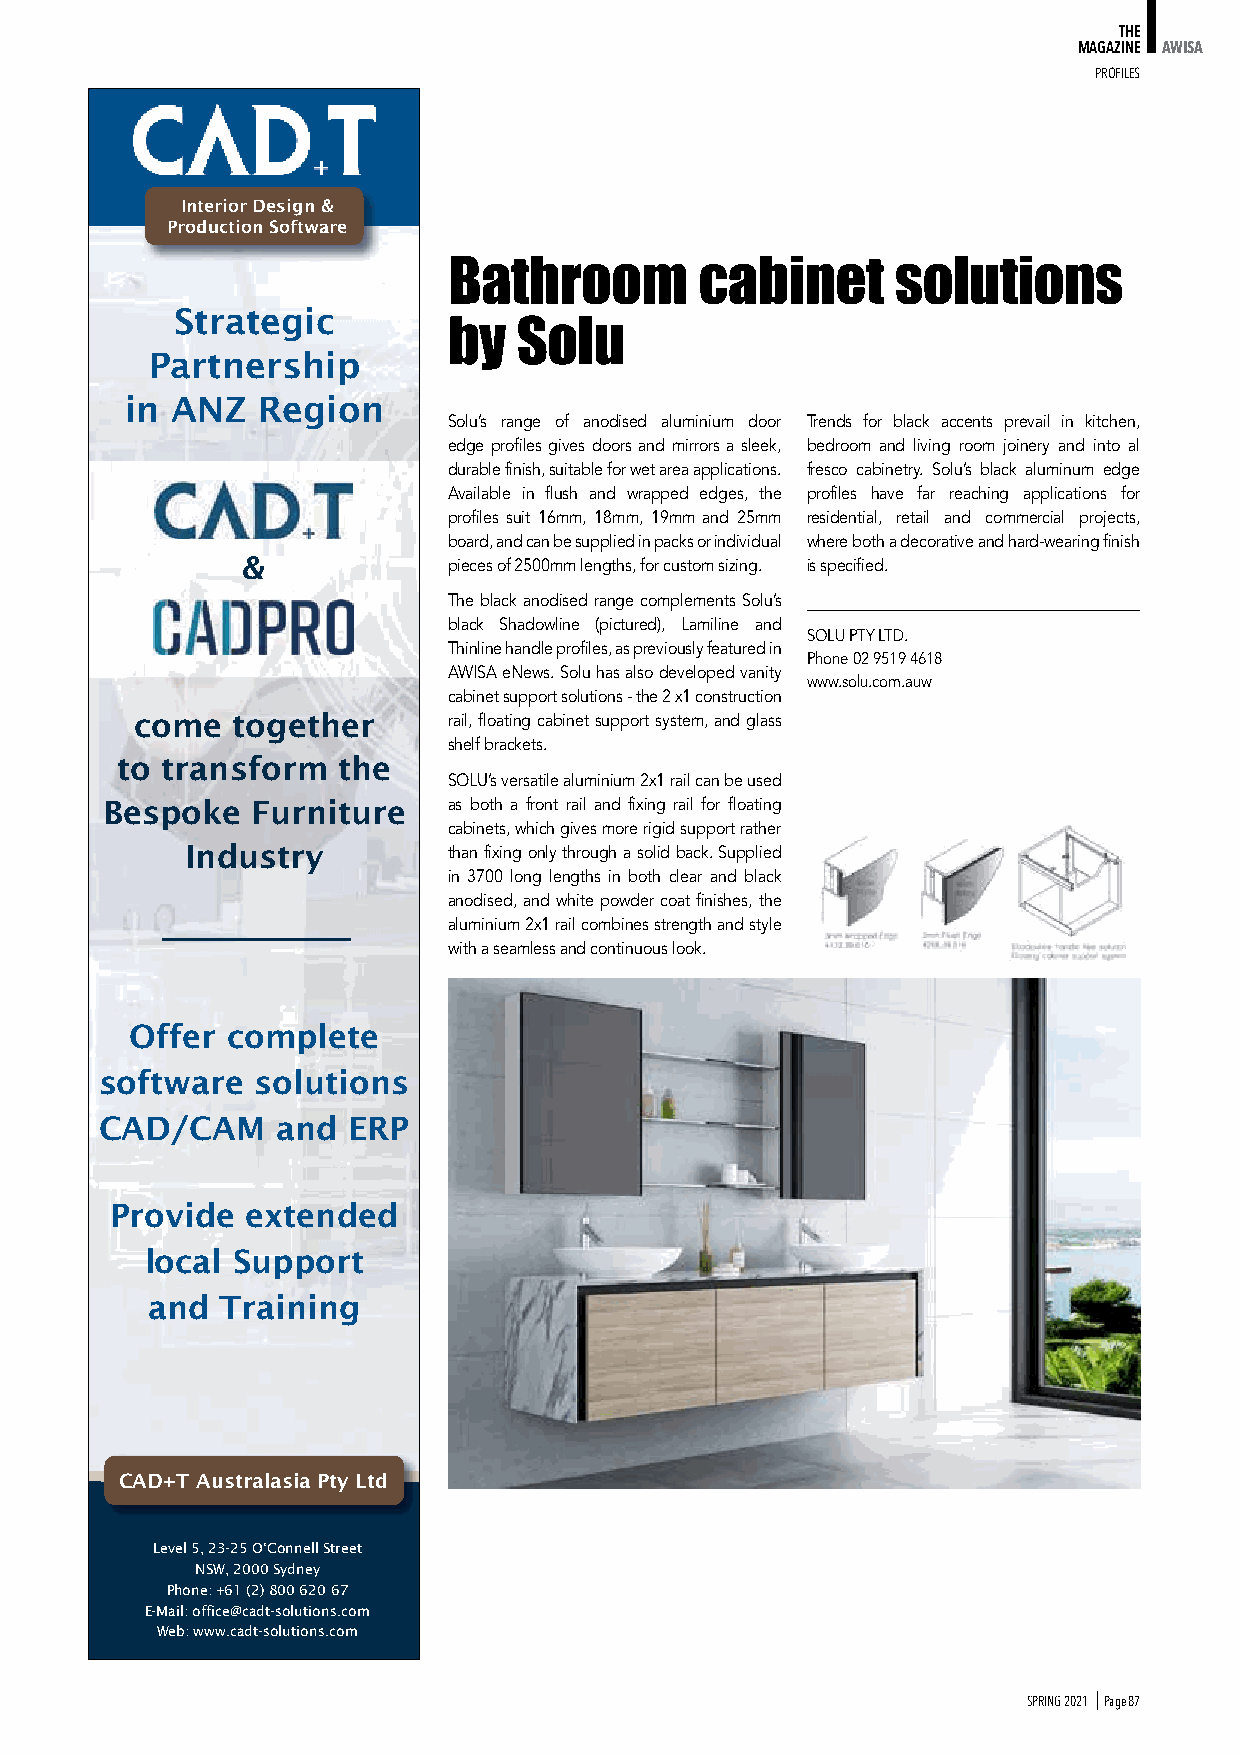
THE
 MAGAZINE AWISA
 PRoFIleS
 Interior Design &
 Production Software
 Bathroom        cabinet      solutions
 Strategic
 by  Solu
 Partnership
 in ANZ   Region
 Solu’s range of anodised aluminium door Trends for black accents prevail in kitchen,
 edge profiles gives doors and mirrors a sleek, bedroom and living room joinery and into al
 durable finish, suitable for wet area applications. fresco cabinetry. Solu’s black aluminum edge
 Available in flush and wrapped edges, the profiles have far reaching applications for
 profiles suit 16mm, 18mm, 19mm and 25mm residential, retail and commercial projects,
 board, and can be supplied in packs or individual where both a decorative and hard-wearing finish
 &             pieces of 2500mm lengths, for custom sizing. is specified.
 The black anodised range complements Solu’s
 black Shadowline (pictured), Lamiline and
 SOLU PTY LTD.
 Thinline handle profiles, as previously featured in
 Phone 02 9519 4618
 AWISA eNews. Solu has also developed vanity
 www.solu.com.auw
 cabinet support solutions - the 2 x1 construction
 come  together       rail, floating cabinet support system, and glass
 shelf brackets.
 to transform  the
 SOLU’s versatile aluminium 2x1 rail can be used
 Bespoke   Furniture    as both a front rail and fixing rail for floating
 cabinets, which gives more rigid support rather
 Industry          than fixing only through a solid back. Supplied
 in 3700 long lengths in both clear and black
 anodised, and white powder coat finishes, the
 aluminium 2x1 rail combines strength and style
 with a seamless and continuous look.
 Offer complete
 software  solutions
 CAD/CAM    and  ERP
 Provide  extended
 local Support
 and  Training
 CAD+T Australasia Pty Ltd
 Level 5, 23-25 O‘Connell Street
 NSW, 2000 Sydney
 Phone: +61 (2) 800 620 67
 E-Mail: office@cadt-solutions.com
 Web: www.cadt-solutions.com
 SPRING 2021 I Page 87